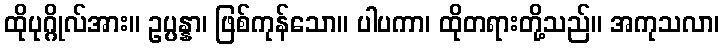
ထိုပုဂ္ဂိုလ်အား။ ဥပ္ပန္နာ၊ ဖြစ်ကုန်သော။ ပါပကာ၊ ထိုတရားတို့သည်။ အကုသလာ၊